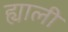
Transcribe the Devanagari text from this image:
ह्याली